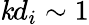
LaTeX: \mathit{k}d_{i}\sim1